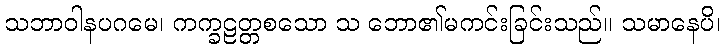
သဘာဝါနပဂမေ၊ ကက္ခဠတ္တစသော သ ဘော၏မကင်းခြင်းသည်။ သမာနေပိ၊